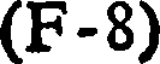
(F-8)